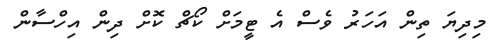
މިދިޔަ ތިން އަހަރު ވެސް އެ ޓީމަށް ކޯޗް ކޮށް ދިން އިހްސާން